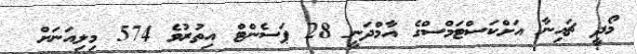
މޯދީ ޗައިނާ އަށްކަސްޓަމްސްގެ އާމްދަނީ 28 ޕަސެންޓް އިތުރުވެ 574 މިލިއަނަށް